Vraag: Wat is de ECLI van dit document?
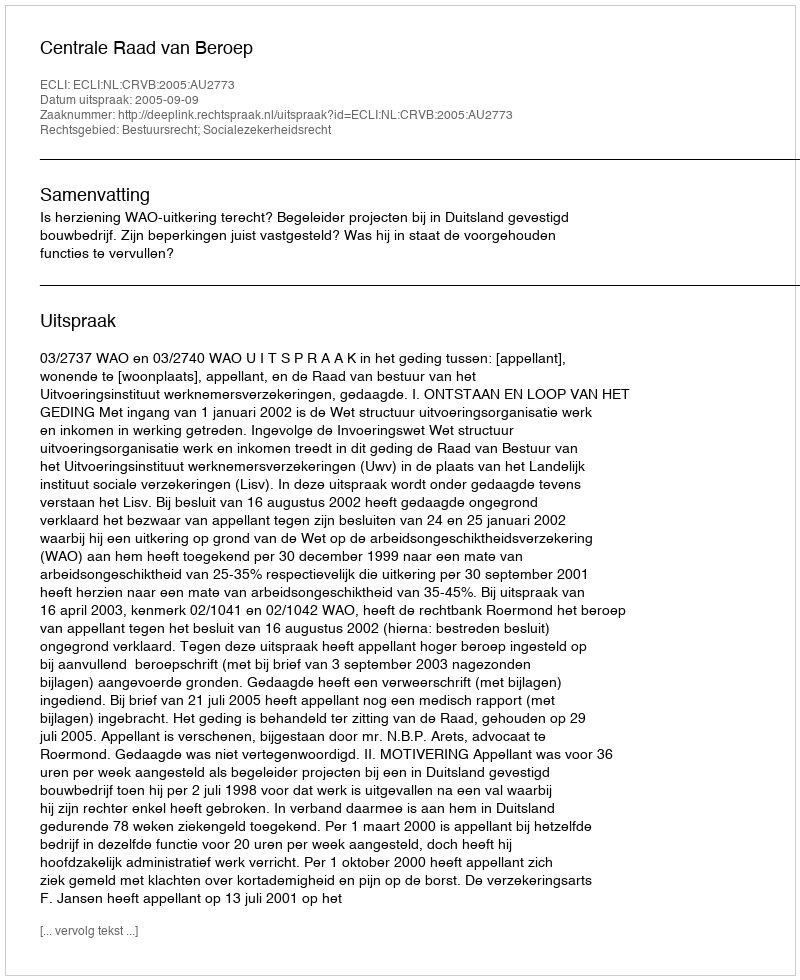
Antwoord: ECLI:NL:CRVB:2005:AU2773